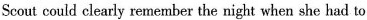
Scout could clearly remember the night when she had to